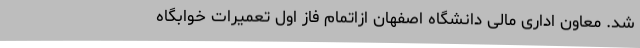
شد. معاون اداری مالی دانشگاه اصفهان ازاتمام فاز اول تعمیرات خوابگاه